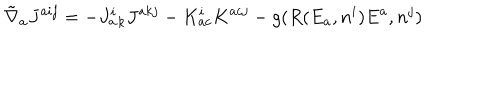
{ \tilde { \nabla } } _ { a } J ^ { a i j } = - { J _ { a } ^ { i } } _ { k } { J ^ { a k j } } - K _ { a c } ^ { i } K ^ { a c j } - g ( R ( E _ { a } , n ^ { i } ) E ^ { a } , n ^ { j } )